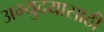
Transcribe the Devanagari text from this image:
अभ्युदयासाठी